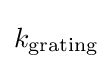
k_{\text{grating}}